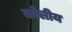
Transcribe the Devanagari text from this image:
कोलीय